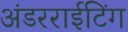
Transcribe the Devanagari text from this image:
अंडरराईटिंग